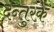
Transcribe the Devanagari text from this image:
दन्तुरक